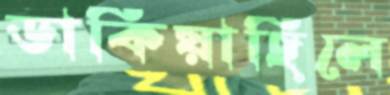
ডাকিয়াছিলে